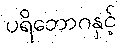
ပရိဘောဂနှင့်